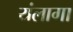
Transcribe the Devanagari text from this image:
यंलागा